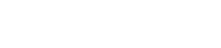
အစာငတ်ပြီး သေသွားတာ။